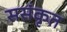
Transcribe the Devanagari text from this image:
ससंकृत